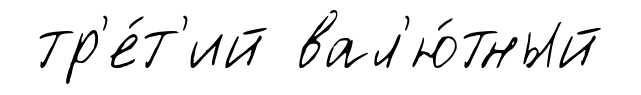
тр'е́т'ий вал'ю́тный